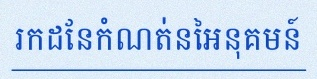
រកដែនកំណត់នៃអនុគមន៍